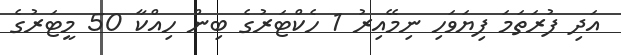
އަދި ފުރަތަމަ ފިޔަވަހި ނިމޭއިރު 1 ހެކްޓަރުގެ ބިން ހިއްކާ 50 މީޓަރުގެ